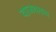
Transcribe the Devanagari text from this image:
वाजवतच